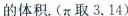
的体积.（\pi取3.14）